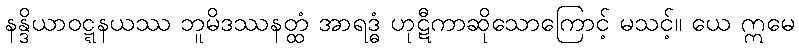
နန္ဒိယာဝဋ္ဋနယဿ ဘူမိဒဿနတ္ထံ အာရဒ္ဓံ ဟုဋီကာဆိုသောကြောင့် မသင့်။ ယေ ဣမေ